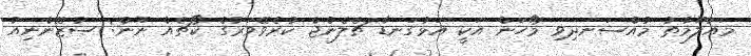
މައުލޫމާތު މުއްސަނދިވި މޯހަން އަކީ އަޅުގަނޑާ ޗެލެންޖް ކުރެވޭވަރުގެ ކޯޗެއް ނޫން: ސުޒޭންނިއު